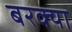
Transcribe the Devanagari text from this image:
बरक्या